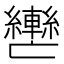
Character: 𮝲